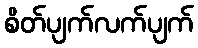
စိတ်ပျက်လက်ပျက်